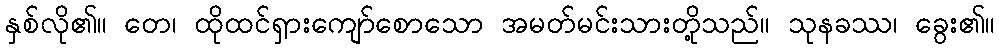
နှစ်လို၏။ တေ၊ ထိုထင်ရှားကျော်စောသော အမတ်မင်းသားတို့သည်။ သုနခဿ၊ ခွေး၏။